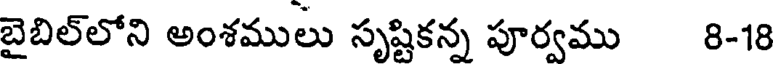
బైబిల్లోని అంశములు సృష్టికన్న పూర్వము 8-18